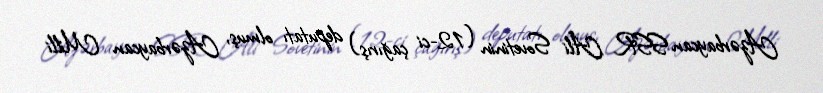
Azərbaycan SSR Ali Sovetinin (12-ci çağırış) deputatı olmuş, Azərbaycan Milli